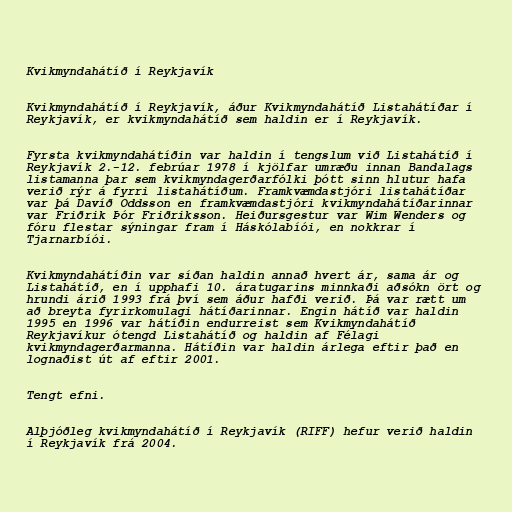
Kvikmyndahátíð í Reykjavík

Kvikmyndahátíð í Reykjavík, áður Kvikmyndahátíð Listahátíðar í
Reykjavík, er kvikmyndahátíð sem haldin er í Reykjavík.

Fyrsta kvikmyndahátíðin var haldin í tengslum við Listahátíð í
Reykjavík 2.-12. febrúar 1978 í kjölfar umræðu innan Bandalags
listamanna þar sem kvikmyndagerðarfólki þótt sinn hlutur hafa
verið rýr á fyrri listahátíðum. Framkvæmdastjóri listahátíðar
var þá Davíð Oddsson en framkvæmdastjóri kvikmyndahátíðarinnar
var Friðrik Þór Friðriksson. Heiðursgestur var Wim Wenders og
fóru flestar sýningar fram í Háskólabíói, en nokkrar í
Tjarnarbíói.

Kvikmyndahátíðin var síðan haldin annað hvert ár, sama ár og
Listahátíð, en í upphafi 10. áratugarins minnkaði aðsókn ört og
hrundi árið 1993 frá því sem áður hafði verið. Þá var rætt um
að breyta fyrirkomulagi hátíðarinnar. Engin hátíð var haldin
1995 en 1996 var hátíðin endurreist sem Kvikmyndahátíð
Reykjavíkur ótengd Listahátíð og haldin af Félagi
kvikmyndagerðarmanna. Hátíðin var haldin árlega eftir það en
lognaðist út af eftir 2001.

Tengt efni.

Alþjóðleg kvikmyndahátíð í Reykjavík (RIFF) hefur verið haldin
í Reykjavík frá 2004.